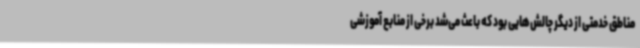
مناطق خدمتی از دیگر چالش‌هایی بود که باعث می‌شد برخی از منابع آموزشی